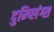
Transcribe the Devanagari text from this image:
दुम्प्लिंग्स